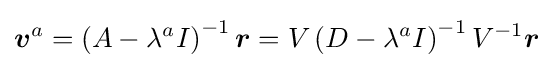
{\boldsymbol {v}}^{a}=\left(A-\lambda ^{a}I\right)^{-1}{\boldsymbol {r}}=V\left(D-\lambda ^{a}I\right)^{-1}V^{-1}{\boldsymbol {r}}